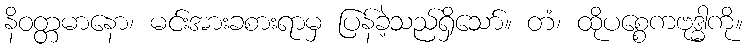
နိဝတ္တမာနော၊ မင်းအားခစားရာမှ ပြန်ခဲ့သည်ရှိသော်။ တံ၊ ထိုပစ္စေကဗုဒ္ဓါကို။